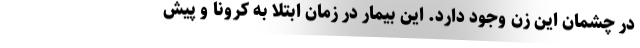
در چشمان این زن وجود دارد. این بیمار در زمان ابتلا به کرونا و پیش